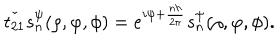
\check { t _ { 2 1 } } s _ { n } ^ { \psi } ( \rho , \varphi , \phi ) = e ^ { i \psi + \frac { n h } { 2 \pi } } s _ { n } ^ { \psi } ( \rho , \varphi , \phi ) .